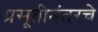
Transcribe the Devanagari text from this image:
प्रसूतीनंतरचे